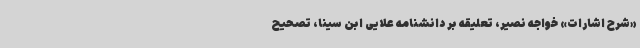
«شرح اشارات» خواجه نصیر، تعلیقه بر دانشنامه علایی ابن سینا، تصحیح